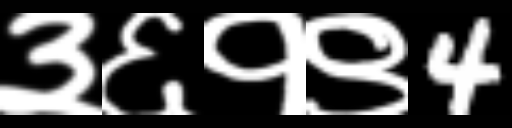
Text: ३६१९4